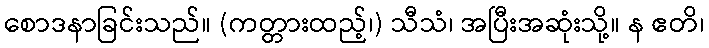
စောဒနာခြင်းသည်။ (ကတ္တားထည့်၊) သီသံ၊ အပြီးအဆုံးသို့။ န ဧတိ၊